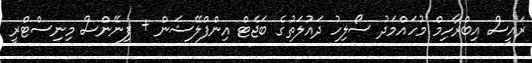
ރައީސް އިބްރާހިމް މުހައްމަދު ސޯލިހު ދައުލަތުގެ ބަޖެޓް އިންފްލޭޝަން + ފިނޭންސް މިނިސްޓްރީ